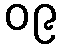
၀၉